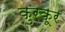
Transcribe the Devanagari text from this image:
कुरकूर